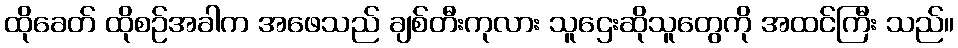
ထိုခေတ် ထိုစဉ်အခါက အဖေသည် ချစ်တီးကုလား သူဌေးဆိုသူတွေကို အထင်ကြီး သည်။